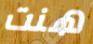
هنت